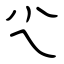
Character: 尐